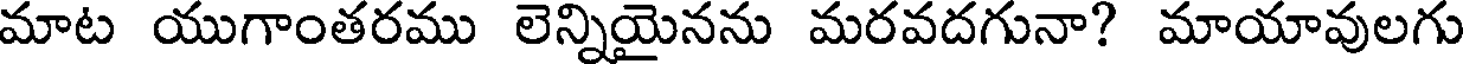
మాట యుగాంతరము లెన్నియైనను మరవదగునా? మాయావులగు